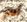
نعم